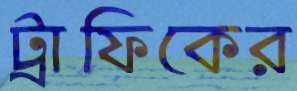
ট্রাফিকের